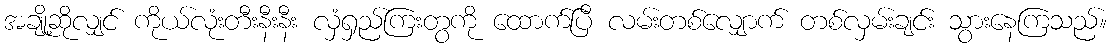
အချို့ဆိုလျှင် ကိုယ်လုံးတီးနီးနီး လှံရှည်ကြးတွကို ထောက်ပြီ လမ်းတစ်လျှောက် တစ်လှမ်းချင်း သွားနေကြသည်။